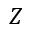
Z